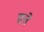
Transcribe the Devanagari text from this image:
हत्ते